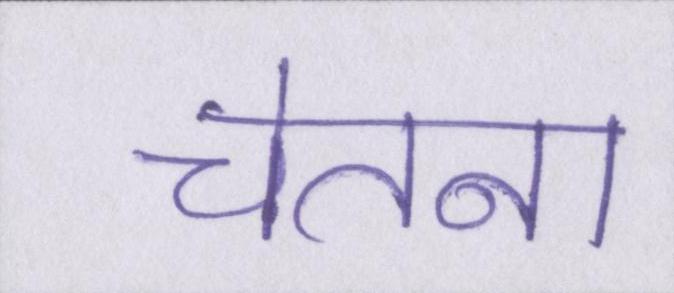
चेतना